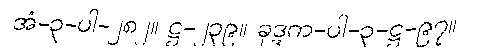
အံ-၃-ပါ-၂၈၂။ ဋ္ဌ-၂၃၉။ ခုဒ္ဒက-ပါ-၃-ဋ္ဌ-၉၇။